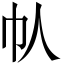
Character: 𫶾